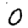
Digit: 0